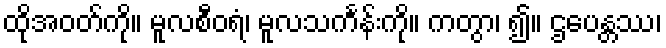
ထိုအဝတ်ကို။ မူလစီဝရံ၊ မူလသင်္ကန်းကို။ ကတွာ၊ ၍။ ဌပေန္တဿ၊